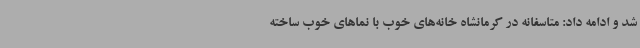
شد و ادامه داد: متاسفانه در کرمانشاه خانه‌های خوب با نماهای خوب ساخته